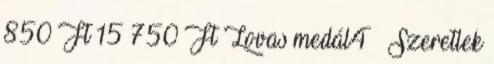
850 Ft 15 750 Ft Lovas medál4 – Szeretlek